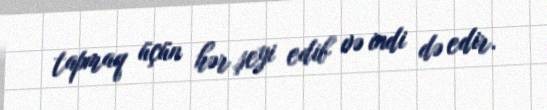
tapmaq üçün hər şeyi edib və indi də edir.